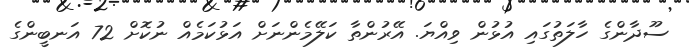
ސޫދާންގެ ހާލަތުގައި އުޅުން ވިއްޔަ. އޭރުންތާ ކަލޭމެންނަށް އަޅުކަމެއް ނުކޮށް 72 އަނބީންގެ